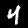
Digit: 4